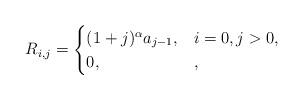
LaTeX: \begin{align*}R_{i,j}=\begin{cases}(1+j)^{\alpha}a_{j-1}, & i=0, j>0,\\0, & ,\end{cases}\end{align*}